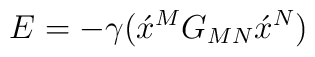
E=-\gamma(\acute{x}\vphantom{x}^{M}G_{MN}\acute{x}\vphantom{x}^{N})